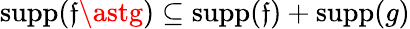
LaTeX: \operatorname{supp}(\mathfrak{f}\astg)\subseteq\operatorname{supp}(\mathfrak{f})+\operatorname{supp}(g)